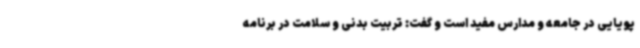
پویایی در جامعه و مدارس مفید است و گفت: تربیت بدنی و سلامت در برنامه